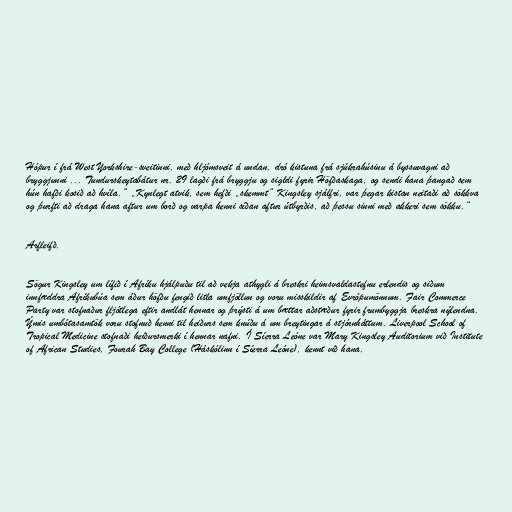
Hópur í frá West Yorkshire-sveitinni, með hljómsveit á undan, dró kistuna frá sjúkrahúsinu á byssuvagni að
bryggjunni ... Tundurskeytabátur nr. 29 lagði frá bryggju og sigldi fyrir Höfðaskaga, og sendi hana þangað sem
hún hafði kosið að hvíla.“ „Kynlegt atvik, sem hefði „skemmt“ Kingsley sjálfri, var þegar kistan neitaði að sökkva
og þurfti að draga hana aftur um borð og varpa henni síðan aftur útbyrðis, að þessu sinni með akkeri sem sökku.“

Arfleifð.

Sögur Kingsley um lífið í Afríku hjálpuðu til að vekja athygli á breskri heimsvaldastefnu erlendis og siðum
innfæddra Afríkubúa sem áður höfðu fengið litla umfjöllun og voru misskildir af Evrópumönnum. Fair Commerce
Party var stofnaður fljótlega eftir andlát hennar og þrýsti á um bættar aðstæður fyrir frumbyggja breskra nýlendna.
Ýmis umbótasamtök voru stofnuð henni til heiðurs sem knúðu á um breytingar á stjórnháttum. Liverpool School of
Tropical Medicine stofnaði heiðursmerki í hennar nafni. Í Síerra Leóne var Mary Kingsley Auditorium við Institute
of African Studies, Fourah Bay College (Háskólinn í Síerra Leóne), kennt við hana.